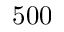
5 0 0